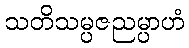
သတိသမ္ပဇညမ္ပာဟံ